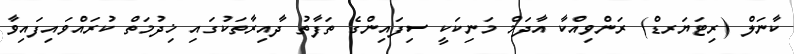
ކާނަލް (ރިޓަޔަރޑް) ރަންވިއްކާ އާދަމް މަނިކަކީ ސިފައިންގެ ތަފާތު ދާއިރާތަކުގައި ޚިދުމަތް ކުރައްވައިފައިވާ